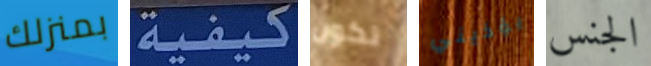
بمنزلك كيفية تكون يؤذيني الجنس